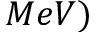
M e V )